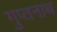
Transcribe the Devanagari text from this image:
गुप्तनाथ